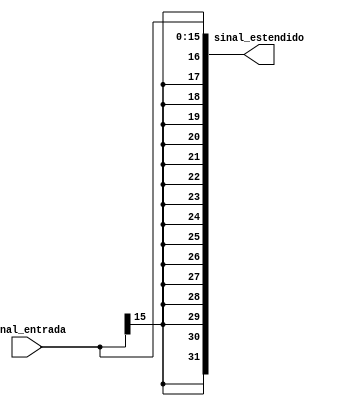
module SE_16_32(sinal_entrada, sinal_estendido);

	input [15:0] sinal_entrada;
	output reg [31:0] sinal_estendido;

	always @(*)
		begin
			/*if (sinal_entrada[15])
				sinal_estendido = {16'b1111111111111111, sinal_entrada};
			else
				sinal_estendido = {16'b0, sinal_entrada};*/
			sinal_estendido = $signed(sinal_entrada);
		end	

endmodule